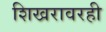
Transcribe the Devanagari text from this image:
शिखरावरही